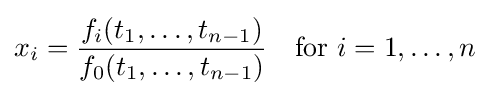
x_{i}={\frac {f_{i}(t_{1},\ldots ,t_{n-1})}{f_{0}(t_{1},\ldots ,t_{n-1})}}\quad {\text{for }}i=1,\ldots ,n